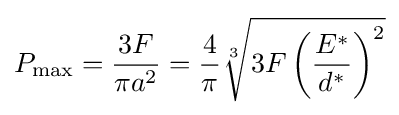
P_{\max }={\frac {3F}{\pi a^{2}}}={\frac {4}{\pi }}{\sqrt[{3}]{3F\left({\frac {E^{*}}{d^{*}}}\right)^{2}}}